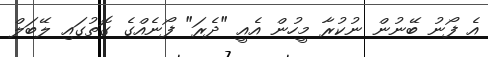
އެ ފޯނު ބޭނުން ނުކުރާ މީހުން އެއީ "ދެރަ" ފޯނެއްގެ ގޮތުގައި ލޭބަލް